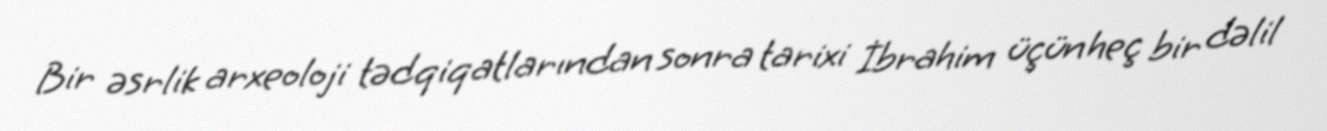
Bir əsrlik arxeoloji tədqiqatlarından sonra tarixi İbrahim üçün heç bir dəlil